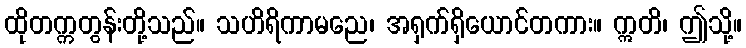
ထိုတက္ကတွန်းတို့သည်။ သဟိရိကာမညေ၊ အရှက်ရှိယောင်တကား။ ဣတိ၊ ဤသို့။